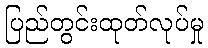
ပြည်တွင်းထုတ်လုပ်မှု